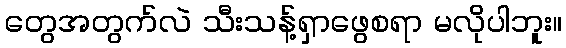
တွေအတွက်လဲ သီးသန့်ရှာဖွေစရာ မလိုပါဘူး။